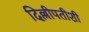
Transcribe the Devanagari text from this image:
दिल्लीपतीशी